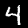
Label: 4